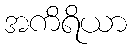
အကိရိယာ